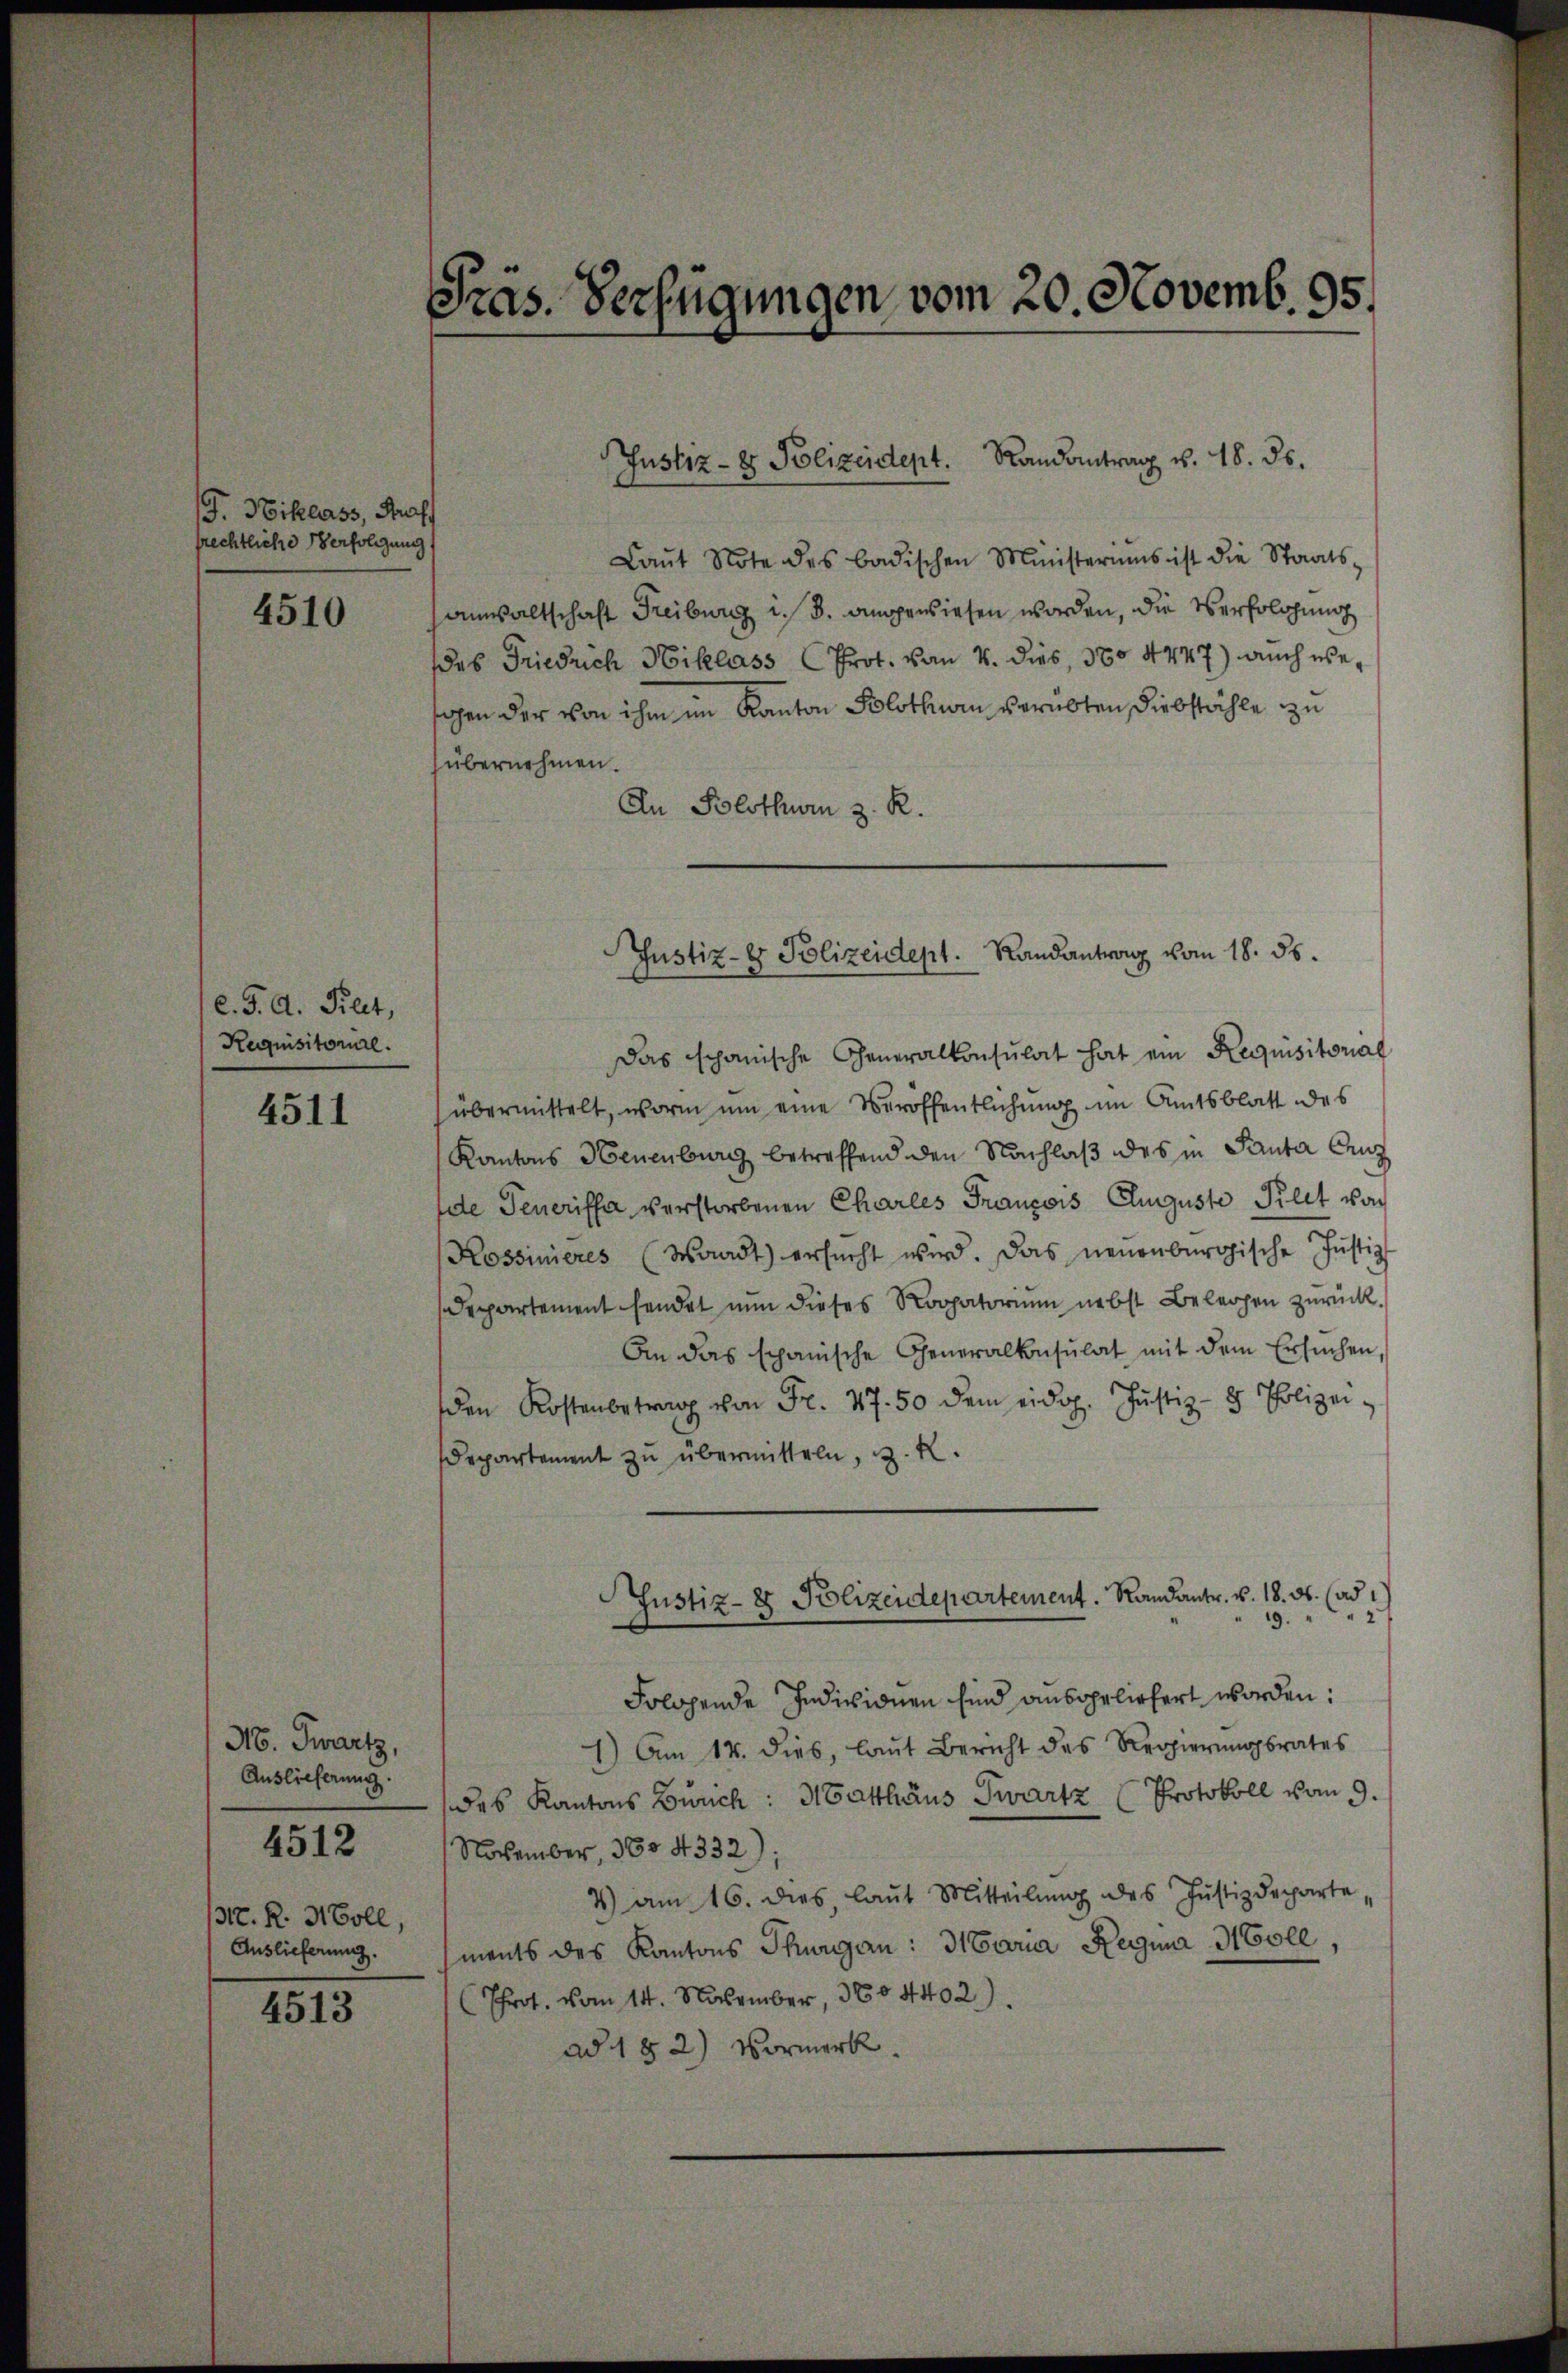
G. Niklass, Prof
frechtliche Verfolgung

4510

c. J. A. Kilet,
Requisitorial.

4511

N. Zwartz,
Auslieferung.
E. R. Holl,
Auslieferung.

4512

4513

Präs. Verfügungen vom 20. Novemb. 95.

Laŭt Note des badischen Ministeriums ist die Staats-
anwaltschaft Freiburg i. B. angewiesen worden, die Verfolgung
das Friedrich Niklass Prot. von 4. dies, 370 4447) auch wesahen der von ihm im Kanton Solothurn verübten Diebstähle zu
übernehmen.
An Solothurn z. R.
Das schanische Generalkonsulat hat ein Requisitorial
übermittelt, worin um eine Veröffentlichung im Amtsblatt des
Kantons Neuenburg betreffend den Nachlaß des in Santa Cenz
dte Generiffa verstorbenen Charles Francois Auguste Pilet von
Kossinieres (Waadt) ersŭcht wird. Das neuenburgische Justiz
Departement sendet nun dieses Rohatorium nebst Belegen zurück.
An das schanische Generalkonsulat mit dem Ersuchen,
den Kostenbetrag von Fr. 47. 50 dem eidg. Jŭstiz- & Polizei,
Departement zu übermitteln, z. R.
Justiz- & Polizeidepartement. Randantr. v. 18. ds. (ad
“
19
Folgende Individuen sind ausgelichert worden:
1.) Am 14. dies, laut Bericht des Regierungsrates
des Kantons Zürich: Matthäus Zwartz Protokoll vom 9.
November, 360 4332);
4) am 16. dies laut Mitteilŭng des Justizdeparte,
ments des Kantons Thurgau: Maria Regina Mole,
Prot. vom 14. November, 304402).
ad 1 § 2) Vormerk.

Justiz- & Polizeident. Randantrag v. 18. ds.

Justiz- & Polizeidept. Randantrag vom 18. 56.